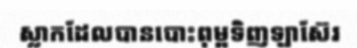
ស្លាកដែលបានបោះពុម្ពទិញឡាស៊ែរ